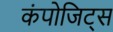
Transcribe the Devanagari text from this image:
कंपोजिट्स